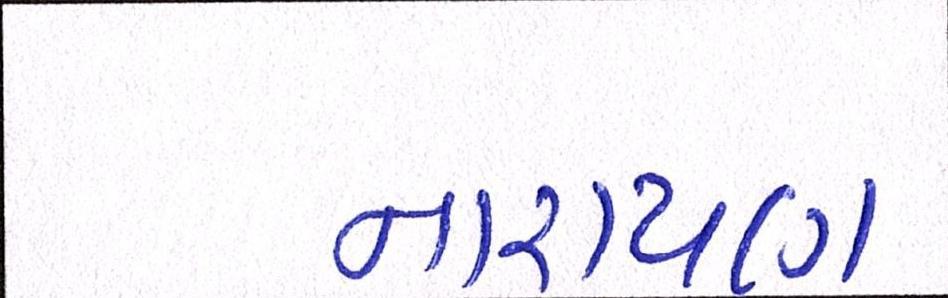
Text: નારાયણ